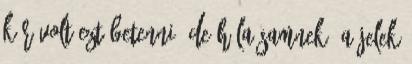
kár volt ezt betenni, de hála Samnek, a jelek